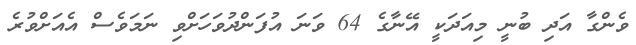
ވެންގާ އަދި ބުނީ މިއަދަކީ އޭނާގެ 64 ވަނަ އުފަންދުވަހަށްވި ނަމަވެސް އެއަށްވުރެ